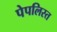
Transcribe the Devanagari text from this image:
पेपलिस्त